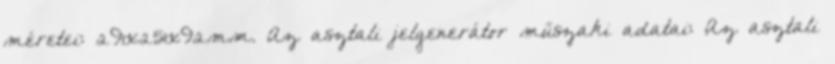
méretei: 291x251x92mm. Az asztali jelgenerátor műszaki adatai: Az asztali